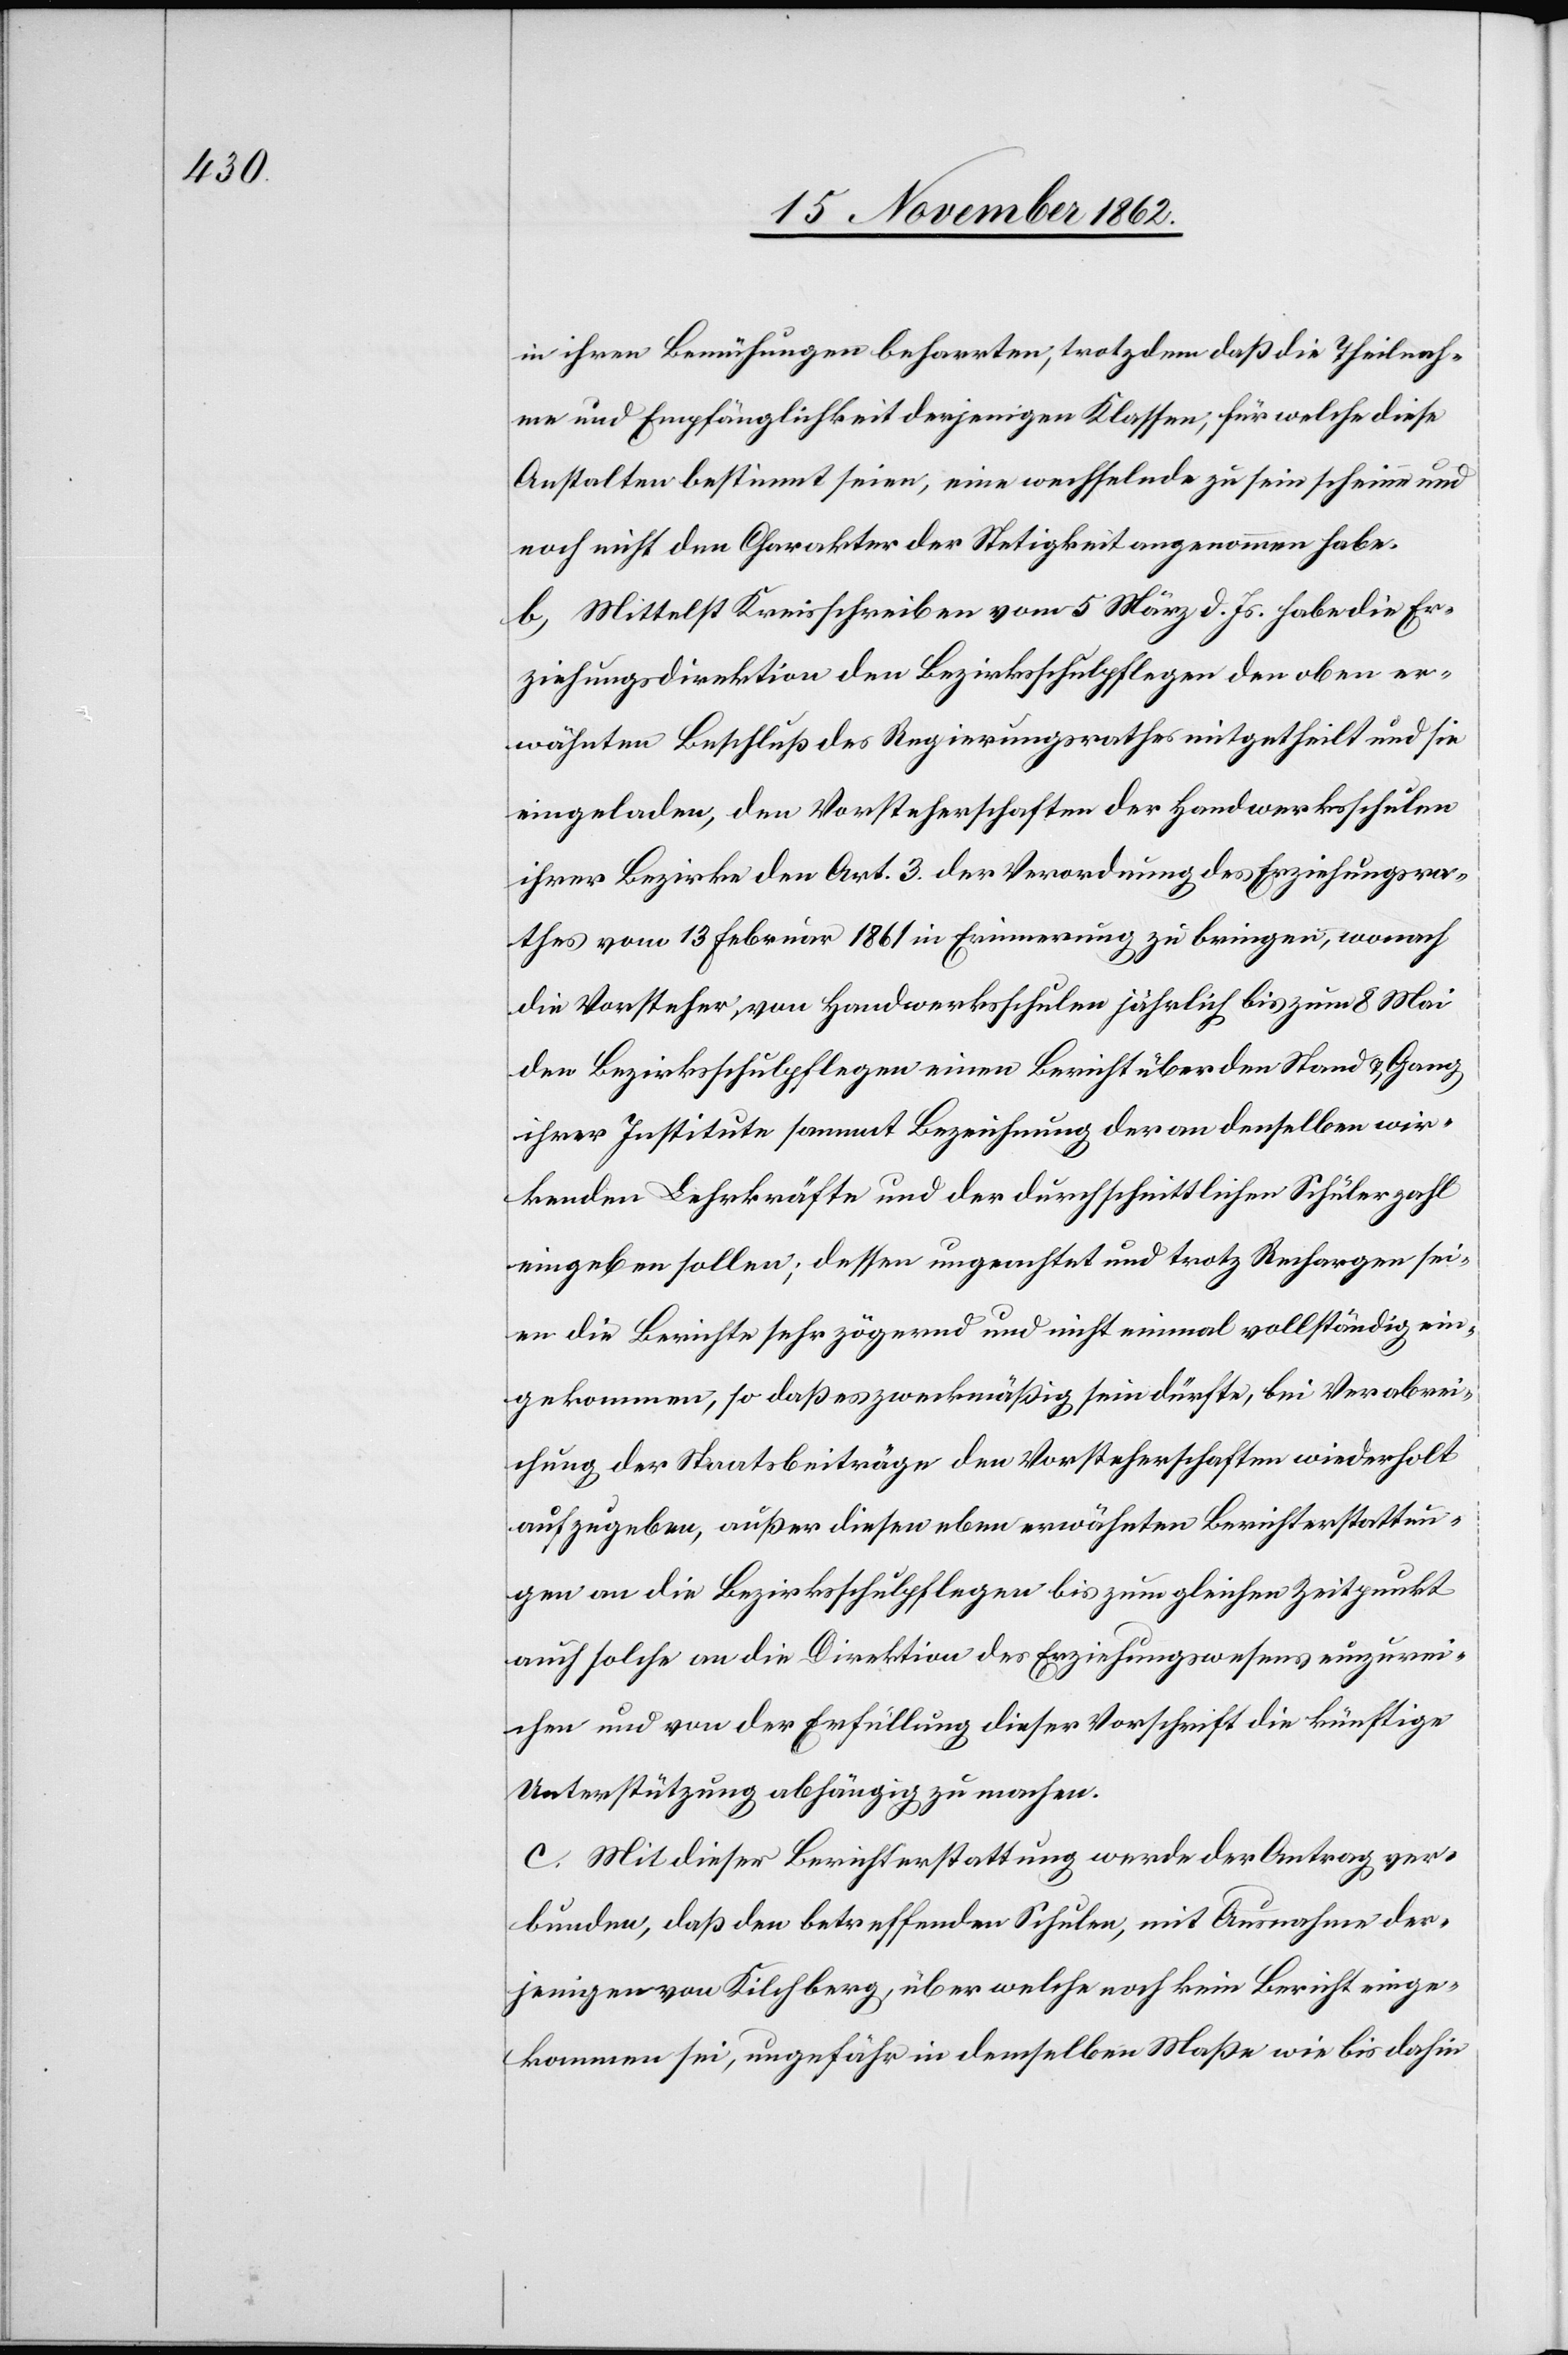
in ihren Bemühungen beharrten; trotzdem daß die Theilnah¬
me und Empfänglichkeit derjenigen Klassen, für welche diese
Anstalten bestimmt seien, eine wechselnde zu sein scheine und
noch nicht den Charakter der Stetigkeit angenommen habe.
b. Mittelst Kreisschreiben vom 5. März d. Js. habe die Er¬
ziehungsdirektion den Bezirksschulpflegen den oben er¬
wähnten Beschluß des Regierungsrathes mitgetheilt und sie
eingeladen, den Vorsteherschaften der Handwerksschulen
ihrer Bezirke den Art. 3 der Verordnung des Erziehungsra¬
thes vom 13. Februar 1861 in Erinnerung zu bringen, wonach
die Vorsteher von Handwerksschulen jährlich bis zum 8. Mai
den Bezirksschulpflegen einen Bericht über den Stand u. Gang
ihrer Institute sammt Bezeichnung der an denselben wir¬
kenden Lehrkräfte und der durchschnittlichen Schülerzahl
eingeben sollen; dessen ungeachtet und trotz Rechargen sei¬
en die Berichte sehr zögernd und nicht einmal vollständig ein¬
gekommen, so daß es zweckmäßig sein dürfte, bei Verabrei¬
chung der Staatsbeiträge den Vorsteherschaften wiederholt
aufzugeben, außer diesen eben erwähnten Berichterstattun¬
gen an die Bezirksschulpflegen bis zum gleichen Zeitpunkt
auch solche an die Direktion des Erziehungswesens einzurei¬
chen und von der Erfüllung dieser Vorschrift die künftige
Unterstützung abhängig zu machen.
c. Mit dieser Berichterstattung werde der Antrag ver¬
bunden, daß den betreffenden Schulen, mit Ausnahme der¬
jenigen von Kilchberg, über welche noch kein Bericht einge¬
kommen sei, ungefähr in demselben Maße wie bis dahin